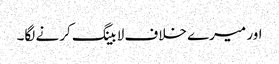
اور میرے خلاف لا بینگ کرنے لگا۔